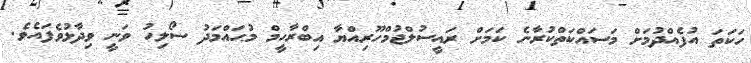
ހަކަތަ އުފެއްދުމަށް މަސައްކަތްކުރާނެ ކަމަށް ރައީސުލްޖުމްހޫރިއްޔާ އިބްރާހީމް މުޙައްމަދު ސޯލިހު ވަނީ ވިދާޅުވެފައެވެ.